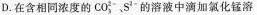
D.在含相同浓度的CO_{3}^{2-}，S^{2-}的溶液中滴加氯化锰溶